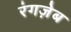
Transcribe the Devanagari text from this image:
रंगज़ेब